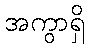
အကွာရှိ